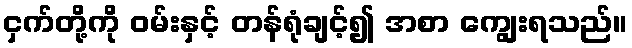
ငှက်တို့ကို ဝမ်းနှင့် တန်ရုံချင့်၍ အစာ ကျွေးရသည်။